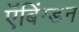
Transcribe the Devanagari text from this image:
ऍबिंग्डन